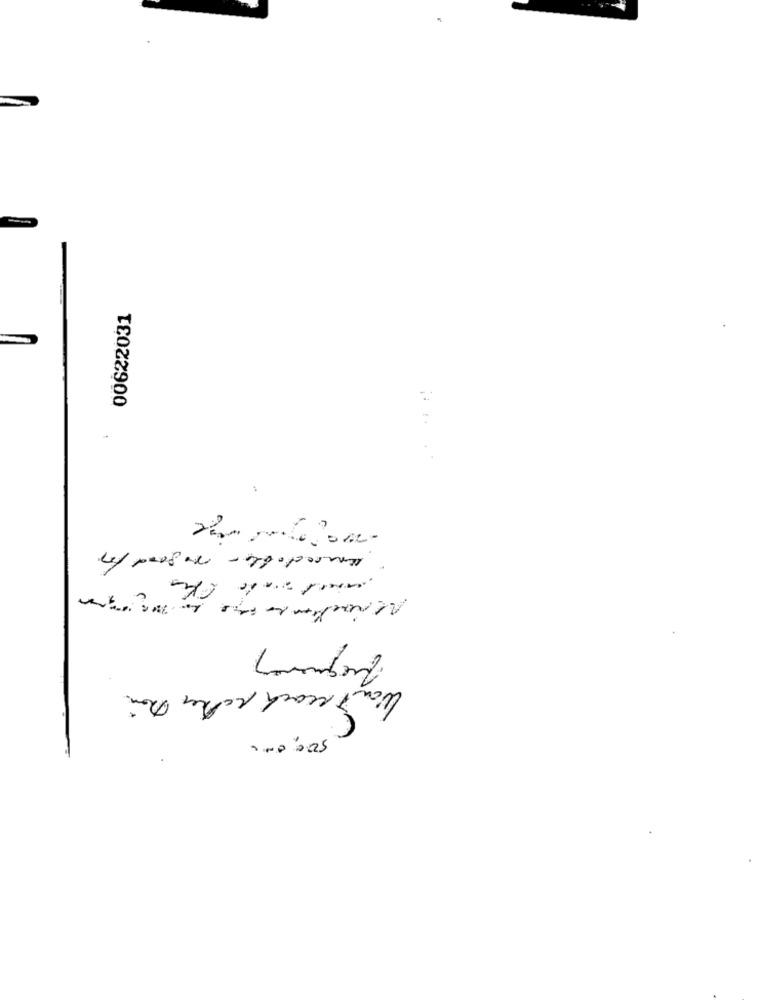
00622031
Lomborg
Want mach mother Brain
000 005